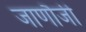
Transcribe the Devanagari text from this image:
जाणौजी